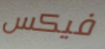
فيكس